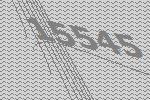
15545